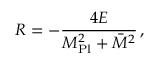
R = - \frac { 4 { \cal E } } { M _ { \mathrm { P l } } ^ { 2 } + \bar { M } ^ { 2 } } \, ,